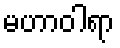
မဟာဝါရာ